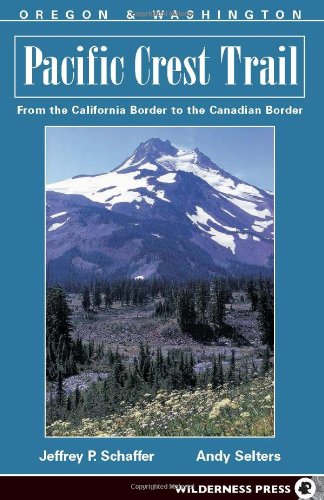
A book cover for Pacific Crest Trail: Oregon and Washington; Jeffrey P. Schaffer; Health, Fitness & Dieting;